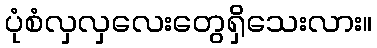
ပုံစံလှလှလေးတွေရှိသေးလား။